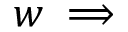
w \implies